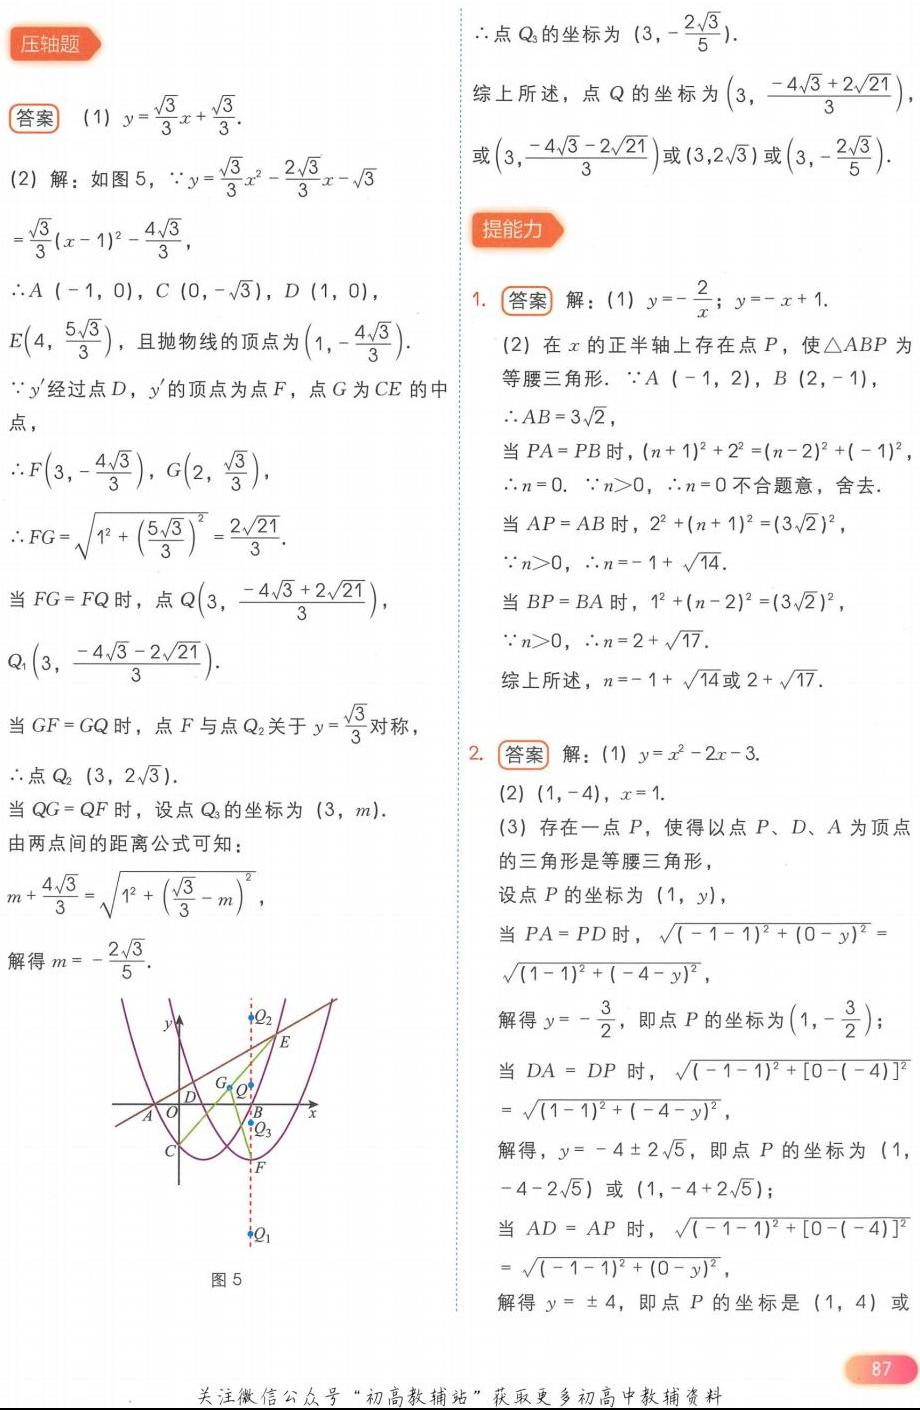
### 压轴题
**答案**
(1) \(y = \frac{\sqrt{3}}{3}x+\frac{\sqrt{3}}{3}\).
(2) 解：如图5，\(\because y=\frac{\sqrt{3}}{3}x^{2}-\frac{2\sqrt{3}}{3}x - \sqrt{3}=\frac{\sqrt{3}}{3}(x - 1)^{2}-\frac{4\sqrt{3}}{3}\)，
\(\therefore A(-1,0)\)，\(C(0,-\sqrt{3})\)，\(D(1,0)\)，\(E(4,\frac{5\sqrt{3}}{3})\)，且抛物线的顶点为\((1,-\frac{4\sqrt{3}}{3})\).
\(\because y'\)经过点\(D\)，\(y'\)的顶点为点\(F\)，点\(G\)为\(CE\)的中点，
\(\therefore F(3,-\frac{4\sqrt{3}}{3})\)，\(G(2,\frac{\sqrt{3}}{3})\)，
\(\therefore FG=\sqrt{1^{2}+(\frac{5\sqrt{3}}{3})^{2}}=\frac{2\sqrt{21}}{3}\).
当\(FG = FQ\)时，点\(Q(3,\frac{-4\sqrt{3}+2\sqrt{21}}{3})\)，\(Q_{1}(3,\frac{-4\sqrt{3}-2\sqrt{21}}{3})\).
当\(GF = GQ\)时，点\(F\)与点\(Q_{2}\)关于\(y = \frac{\sqrt{3}}{3}\)对称，
\(\therefore\)点\(Q_{2}(3,2\sqrt{3})\).
当\(QG = QF\)时，设点\(Q_{3}\)的坐标为\((3,m)\).
由两点间的距离公式可知：\(m+\frac{4\sqrt{3}}{3}=\sqrt{1^{2}+(\frac{\sqrt{3}}{3}-m)^{2}}\)，
解得\(m = -\frac{2\sqrt{3}}{5}\).
\(\therefore\)点\(Q_{3}\)的坐标为\((3,-\frac{2\sqrt{3}}{5})\).
综上所述，点\(Q\)的坐标为\((3,\frac{-4\sqrt{3}+2\sqrt{21}}{3})\)，或\((3,\frac{-4\sqrt{3}-2\sqrt{21}}{3})\)或\((3,2\sqrt{3})\)或\((3,-\frac{2\sqrt{3}}{5})\).

### 提能力
1. **答案** 解：(1) \(y = -\frac{2}{x}\)；\(y=-x + 1\).
(2) 在\(x\)的正半轴上存在点\(P\)，使\(\triangle ABP\)为等腰三角形. \(\because A(-1,2)\)，\(B(2,-1)\)，
\(\therefore AB = 3\sqrt{2}\)，
当\(PA = PB\)时，\((n + 1)^{2}+2^{2}=(n - 2)^{2}+(-1)^{2}\)
\(\therefore n = 0\). \(\because n>0\)，\(\therefore n = 0\)不合题意，舍去.
当\(AP = AB\)时，\(2^{2}+(n + 1)^{2}=(3\sqrt{2})^{2}\)，
\(\because n>0\)，\(\therefore n=-1+\sqrt{14}\).
当\(BP = BA\)时，\(1^{2}+(n - 2)^{2}=(3\sqrt{2})^{2}\)，
\(\because n>0\)，\(\therefore n = 2+\sqrt{17}\).
综上所述，\(n=-1+\sqrt{14}\)或\(2+\sqrt{17}\).
2. **答案** 解：(1) \(y=x^{2}-2x - 3\).
(2) \((1,-4)\)，\(x = 1\).
(3) 存在一点\(P\)，使得以点\(P\)、\(D\)、\(A\)为顶点的三角形是等腰三角形，
设点\(P\)的坐标为\((1,y)\)，
当\(PA = PD\)时，\(\sqrt{(-1 - 1)^{2}+(0 - y)^{2}}=\sqrt{(1 - 1)^{2}+(-4 - y)^{2}}\)，
解得\(y=-\frac{3}{2}\)，即点\(P\)的坐标为\((1,-\frac{3}{2})\)；
当\(DA = DP\)时，\(\sqrt{(-1 - 1)^{2}+[0-(-4)]^{2}}=\sqrt{(1 - 1)^{2}+(-4 - y)^{2}}\)，
解得，\(y=-4\pm2\sqrt{5}\)，即点\(P\)的坐标为\((1,-4 - 2\sqrt{5})\)或\((1,-4 + 2\sqrt{5})\)；
当\(AD = AP\)时，\(\sqrt{(-1 - 1)^{2}+[0-(-4)]^{2}}=\sqrt{(-1 - 1)^{2}+(0 - y)^{2}}\)，
解得\(y=\pm4\)，即点\(P\)的坐标为\((1,4)\)或\((1,-4)\).